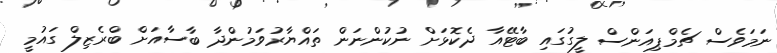
ނަމަވެސް ޗެމްޕިއަންސް ލީގުގައި ބާޓޭއާ ދެކޮޅަށް ނުކުންނަން ތައްޔާރުވަމުންދާ ބާސާއަށް ބްރެޒިލް ގައުމީ